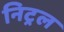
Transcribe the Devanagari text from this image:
निट्रल